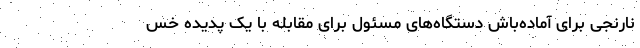
نارنجی برای آماده‌باش دستگاه‌های مسئول برای مقابله با یک پدیده خس